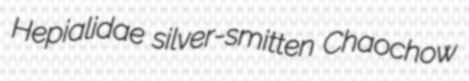
Hepialidae silver-smitten Chaochow